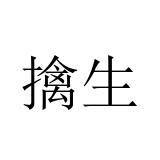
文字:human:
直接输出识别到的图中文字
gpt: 擒生